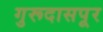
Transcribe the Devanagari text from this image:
गुरूदासपूर